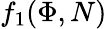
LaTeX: f_{1}(\Phi,N)